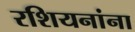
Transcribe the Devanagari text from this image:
रशियनांना